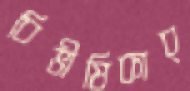
বিভীষিকাব্